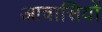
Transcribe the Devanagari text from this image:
आवासियों